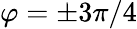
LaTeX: \varphi=\pm 3\pi/4